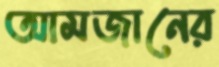
আমজানের